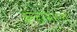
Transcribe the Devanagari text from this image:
ॲन्डरसनला